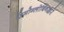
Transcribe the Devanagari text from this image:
हिमोग्लोबिनद्वारे